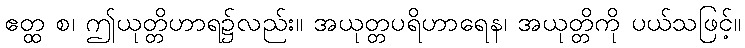
ဧတ္ထ စ၊ ဤယုတ္တိဟာရ၌လည်း။ အယုတ္တပရိဟာရေန၊ အယုတ္တိကို ပယ်သဖြင့်။